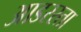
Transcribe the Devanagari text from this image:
आडरस्ता